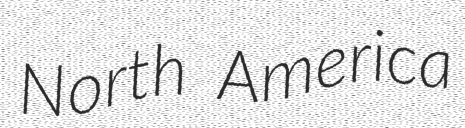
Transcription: North America